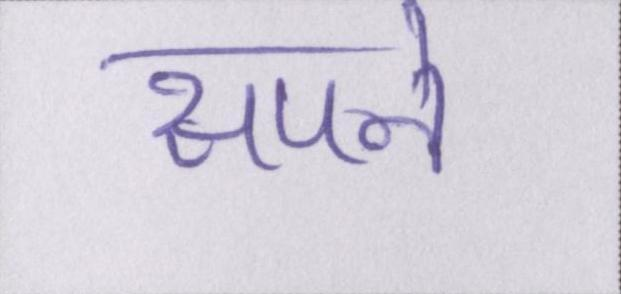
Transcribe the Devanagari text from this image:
सपने